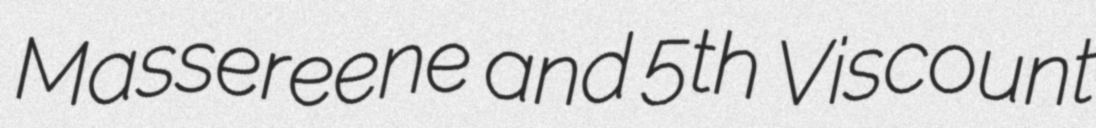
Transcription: Massereene and 5th Viscount